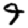
Digit: 9